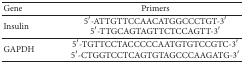
<table><thead><tr><td><b>Gene</b></td><td><b>Primers</b></td></tr></thead><tbody><tr><td rowspan="2">Insulin</td><td>5′-ATTGTTCCAACATGGCCCTGT-3′</td></tr><tr><td>5′-TTGCAGTAGTTCTCCAGTT-3′</td></tr><tr><td rowspan="2">GAPDH</td><td>5′-TGTTCCTACCCCCAATGTGTCCGTC-3′</td></tr><tr><td>5′-CTGGTCCTCAGTGTAGCCCAAGATG-3′</td></tr></tbody></table>